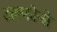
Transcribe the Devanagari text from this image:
अल्फोन्से